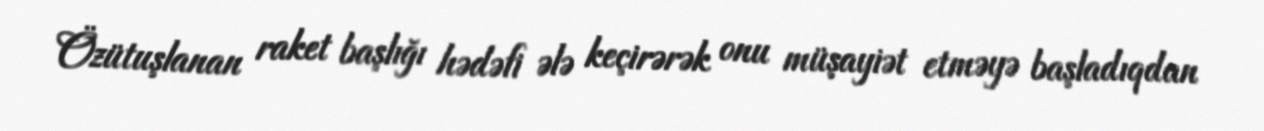
Özütuşlanan raket başlığı hədəfi ələ keçirərək onu müşayiət etməyə başladıqdan